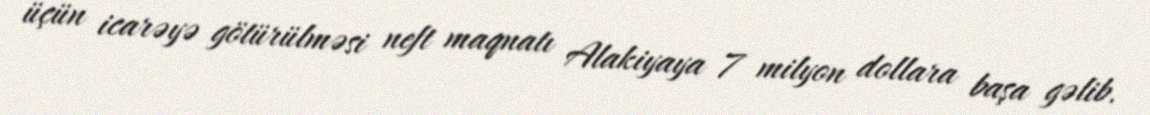
üçün icarəyə götürülməsi neft maqnatı Alakiyaya 7 milyon dollara başa gəlib.